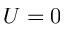
U = 0